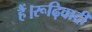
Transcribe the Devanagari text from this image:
हैं।रूढ़िवादी